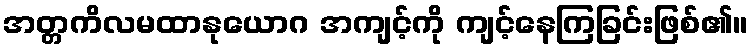
အတ္တကိလမထာနုယောဂ အကျင့်ကို ကျင့်နေကြခြင်းဖြစ်၏။